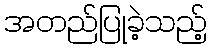
အတည်ပြုခဲ့သည့်